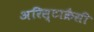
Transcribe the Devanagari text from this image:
अरिस्टाक्रैसी